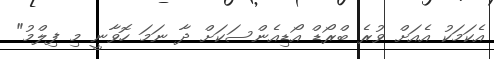
އެކަމަކު އެއަށް ވުރެ ބްރޯޑް އޯޑިއެންސަކަށް ދާ ނަމަ ހޮވާނީ މި ފިލްމު"